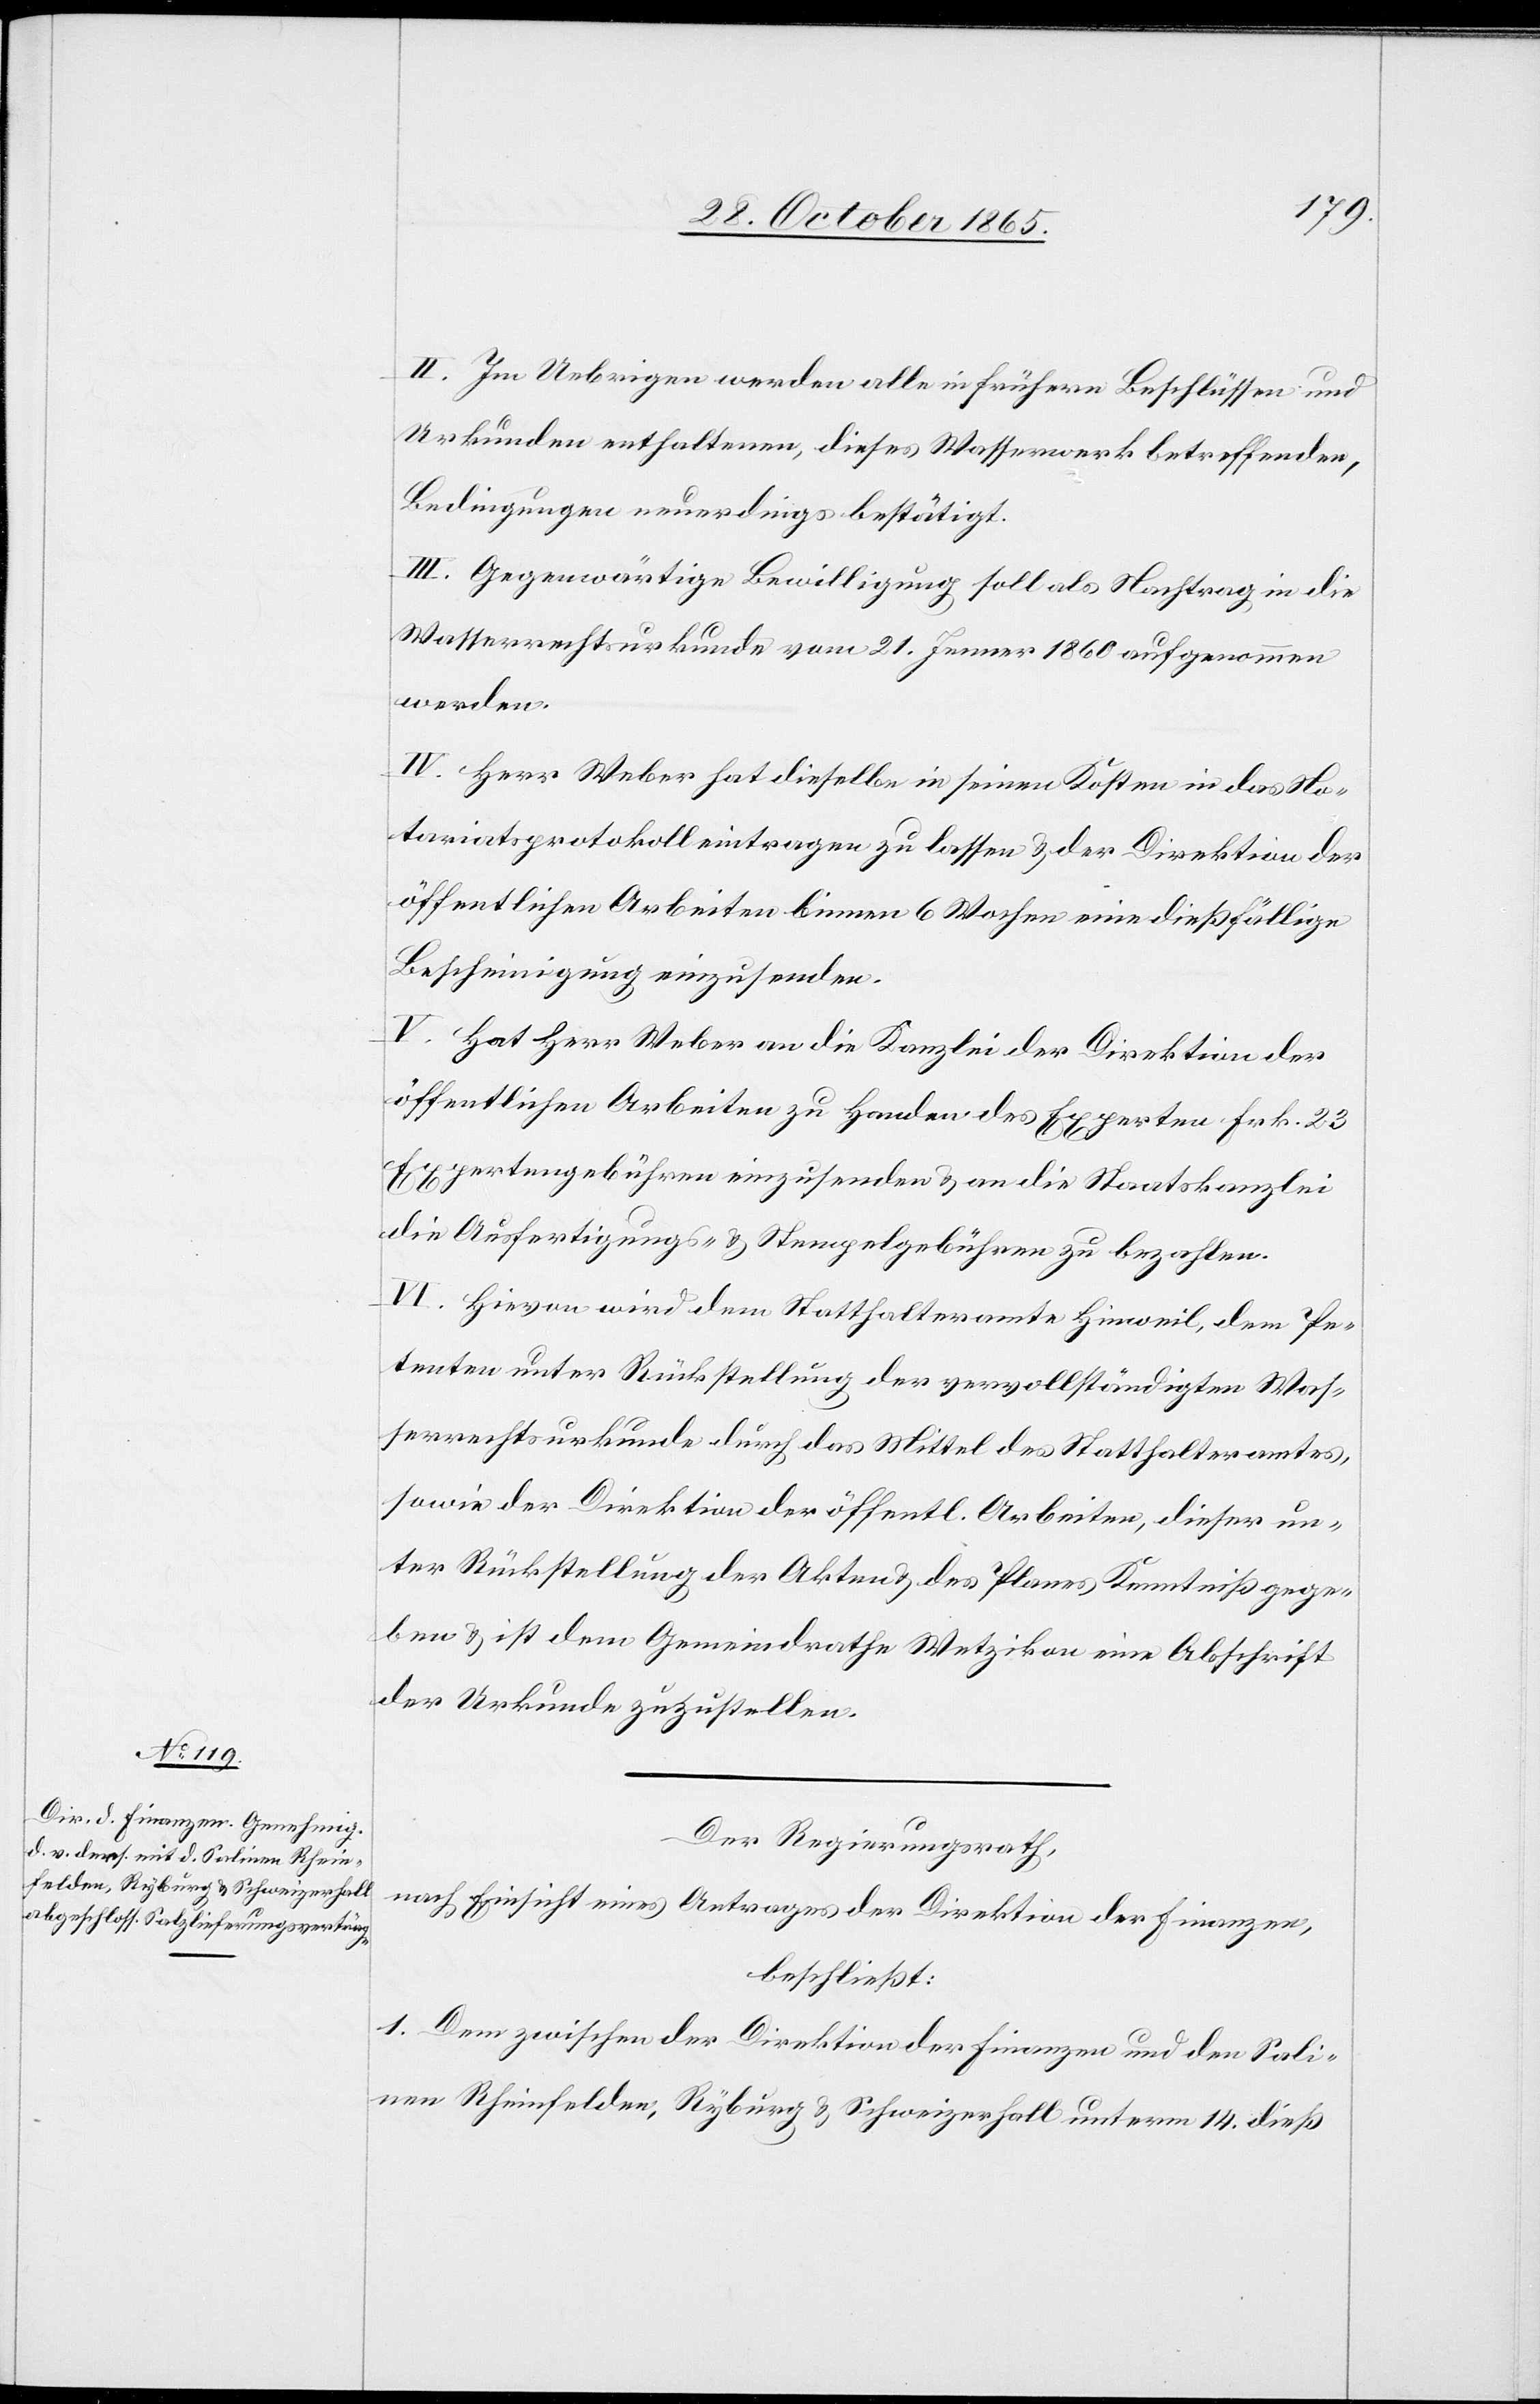
II. Im Uebrigen werden alle in frühern Beschlüssen und
Urkunden enthaltenen, dieses Wasserwerk betreffenden,
Bedingungen neuerdings bestätigt.
III. Gegenwärtige Bewilligung soll als Nachtrag in die
Wasserrechtsurkunde vom 21. Jenner 1860 aufgenommen
werden.
IV. Herr Weber hat dieselbe in seinen Kosten in das No¬
tariatsprotokoll eintragen zu lassen & der Direktion der
öffentlichen Arbeiten binnen 6 Wochen eine dießfällige
Bescheinigung einzusenden.
V. Hat Herr Weber an die Kanzlei der Direktion der
öffentlichen Arbeiten zu Handen des Experten Frk. 23
Expertengebühren einzusenden & an die Staatskanzlei
die Ausfertigungs- & Stempelgebühren zu bezahlen.
VI. Hievon wird dem Statthalteramte Hinweil, dem Pe¬
tenten unter Rückstellung der vervollständigten Was¬
serrechtsurkunde durch das Mittel des Statthalteramtes,
sowie der Direktion der öffentl. Arbeiten, dieser un¬
ter Rückstellung der Akten & des Planes Kenntniß gege¬
ben & ist dem Gemeindrathe Wetzikon eine Abschrift
der Urkunde zuzustellen.
Der Regierungsrath,
nach Einsicht eines Antrages der Direktion der Finanzen,
beschließt:
1. Dem zwischen der Direktion der Finanzen und den Sali¬
nen Rheinfelden, Ryburg & Schweizerhall unterm 14. dieß